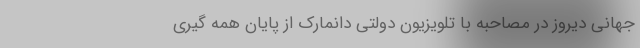
جهانی دیروز در مصاحبه با تلویزیون دولتی دانمارک از پایان همه گیری